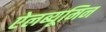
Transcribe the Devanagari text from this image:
ऐलब्यूमिन